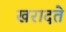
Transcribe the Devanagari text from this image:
खरादते